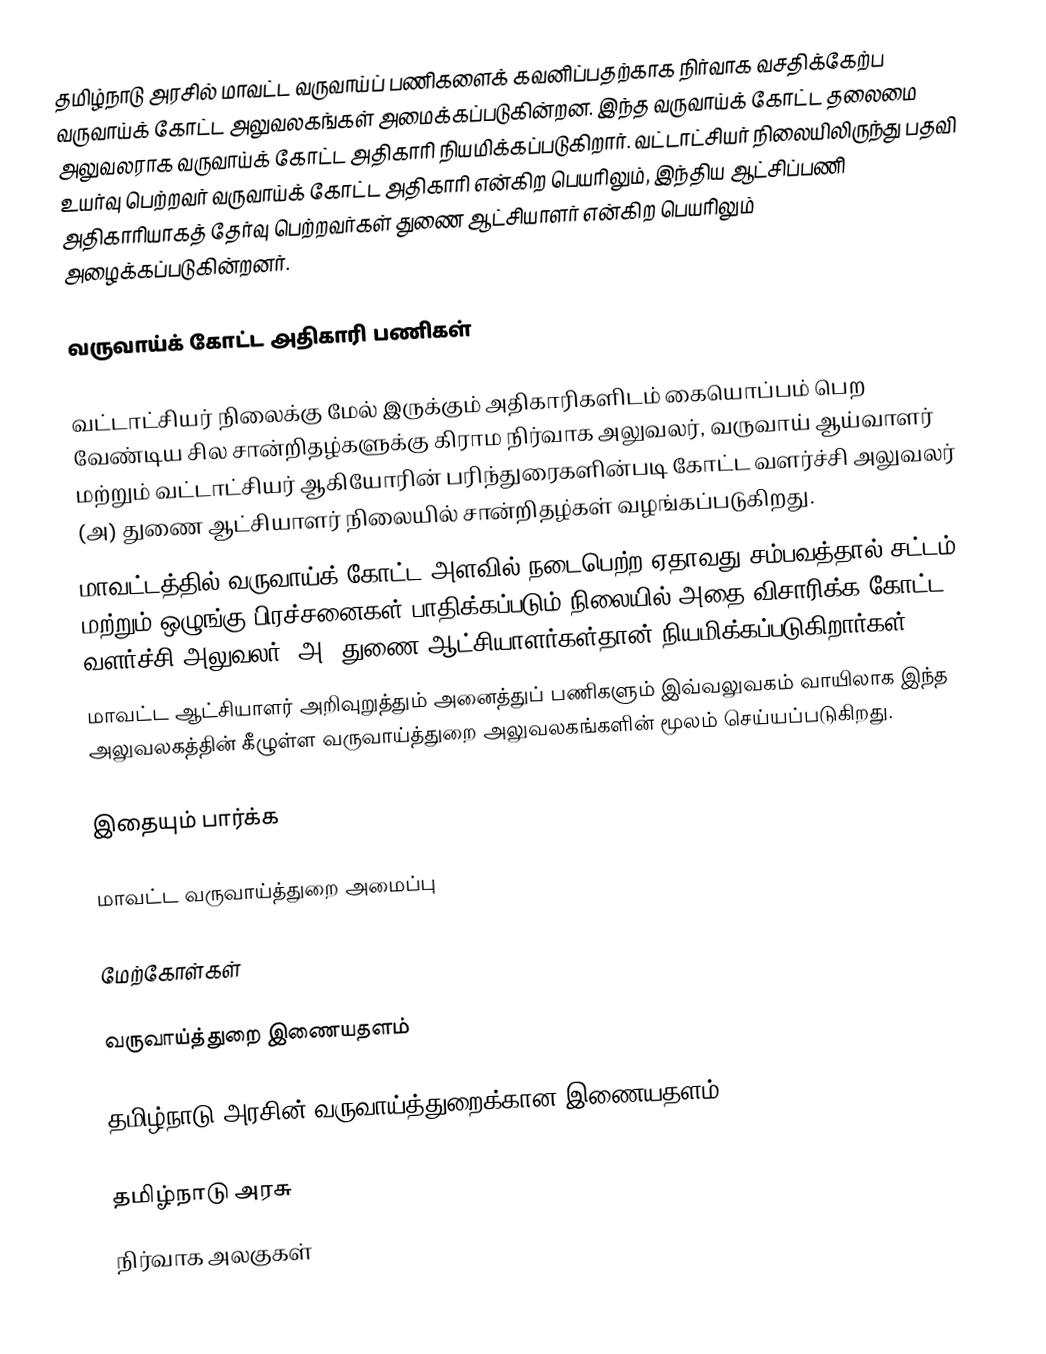
தமிழ்நாடு அரசில் மாவட்ட வருவாய்ப் பணிகளைக் கவனிப்பதற்காக நிர்வாக வசதிக்கேற்ப வருவாய்க் கோட்ட அலுவலகங்கள் அமைக்கப்படுகின்றன. இந்த வருவாய்க் கோட்ட தலைமை அலுவலராக வருவாய்க் கோட்ட அதிகாரி நியமிக்கப்படுகிறார். வட்டாட்சியர் நிலையிலிருந்து பதவி உயர்வு பெற்றவர் வருவாய்க் கோட்ட அதிகாரி என்கிற பெயரிலும், இந்திய ஆட்சிப்பணி அதிகாரியாகத் தேர்வு பெற்றவர்கள் துணை ஆட்சியாளர் என்கிற பெயரிலும் அழைக்கப்படுகின்றனர்.

வருவாய்க் கோட்ட அதிகாரி பணிகள்

 வட்டாட்சியர் நிலைக்கு மேல் இருக்கும் அதிகாரிகளிடம் கையொப்பம் பெற வேண்டிய சில சான்றிதழ்களுக்கு கிராம நிர்வாக அலுவலர், வருவாய் ஆய்வாளர் மற்றும் வட்டாட்சியர் ஆகியோரின் பரிந்துரைகளின்படி கோட்ட வளர்ச்சி அலுவலர் (அ) துணை ஆட்சியாளர் நிலையில் சான்றிதழ்கள் வழங்கப்படுகிறது.
 மாவட்டத்தில் வருவாய்க் கோட்ட அளவில் நடைபெற்ற ஏதாவது சம்பவத்தால் சட்டம் மற்றும் ஒழுங்கு பிரச்சனைகள் பாதிக்கப்படும் நிலையில் அதை விசாரிக்க கோட்ட வளர்ச்சி அலுவலர் (அ) துணை ஆட்சியாளர்கள்தான் நியமிக்கப்படுகிறார்கள்.
 மாவட்ட ஆட்சியாளர் அறிவுறுத்தும் அனைத்துப் பணிகளும் இவ்வலுவகம் வாயிலாக இந்த அலுவலகத்தின் கீழுள்ள வருவாய்த்துறை அலுவலகங்களின் மூலம் செய்யப்படுகிறது.

இதையும் பார்க்க

மாவட்ட வருவாய்த்துறை அமைப்பு

மேற்கோள்கள்

வருவாய்த்துறை இணையதளம்

 தமிழ்நாடு அரசின் வருவாய்த்துறைக்கான இணையதளம்

தமிழ்நாடு அரசு
நிர்வாக அலகுகள்